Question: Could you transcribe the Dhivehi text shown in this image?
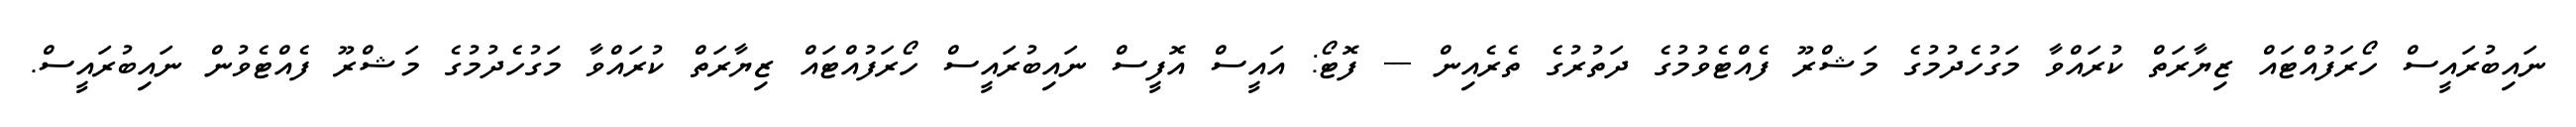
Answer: ނައިބުރައީސް ހޯރަފުއްޓައް ޒިޔާރަތް ކުރައްވާ މަގުހެދުމުގެ މަޝްރޫ ފެއްޓެވުމުގެ ދަތުރުގެ ތެރެއިން --- ފޮޓޯ: އައީސް އޮފީސް ނައިބުރައީސް ހޯރަފުއްޓައް ޒިޔާރަތް ކުރައްވާ މަގުހެދުމުގެ މަޝްރޫ ފެއްޓެވުން ނައިބުރައީސް.